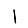
Digit: 1